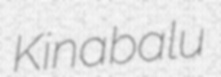
Kinabalu